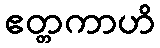
ဧတ္တကာဟိ